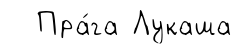
Пра́га Лукаша